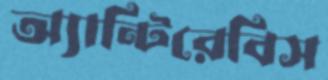
অ্যান্টিরেবিস